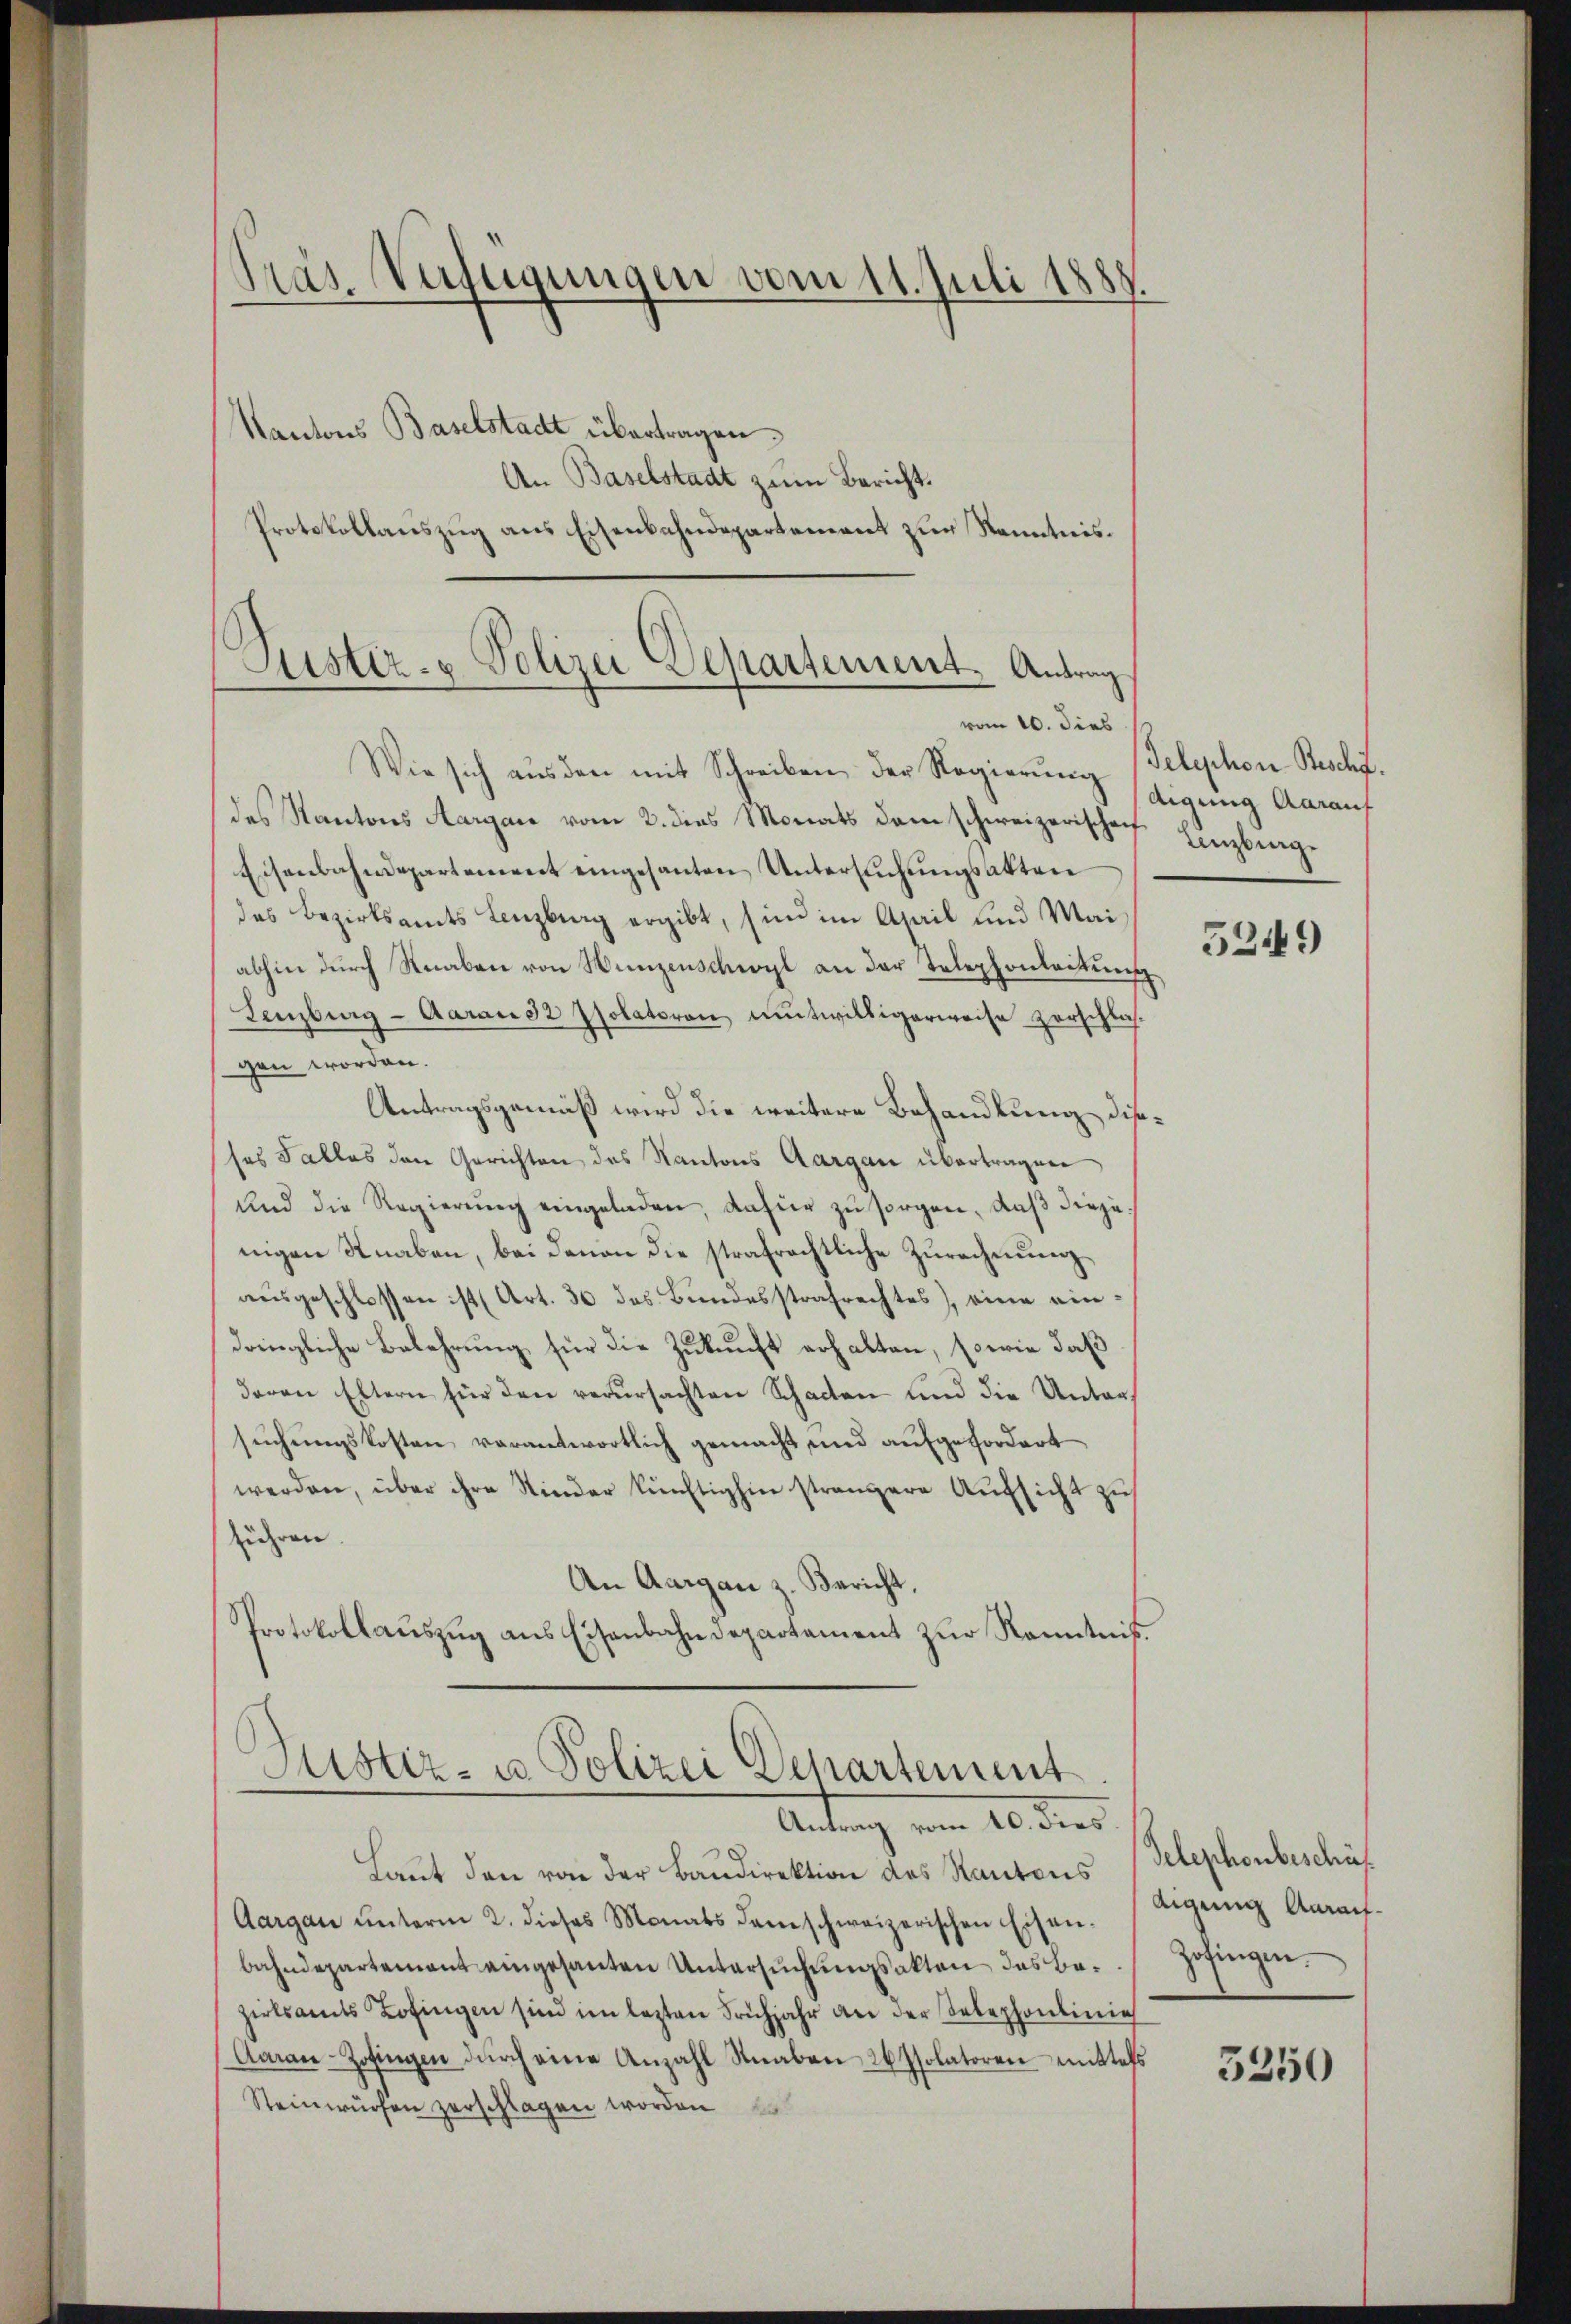
Pras Verfügungen vom 11. Juli 1888
Kantons Baselstadt übertragen.

An Baselstadt zum Bericht.
Protokollauszug aus Eisenbahndepartement zur Kenntnis.

Luster- & Polizei Departement. Antrag

vom 10. dies
Wie sich aŭs den mit Schreiben der Regierŭng
des Kantons Aargau vom 2. dies Monats dem schweizerischen Einzburge
Eisenbahndepartement eingesanten Untersuchungsakten
das Bezirksamts Lenzburg ergibt, sind im April und Mai
abhin durch Knaben von Hunzenschwyl an der Telephonleitung
Lenzburg-Aarausz Isolatoren entwilligerweise zerschla-
gen worden.
Antragsgemäß wird die weitere Behandlung disses Falles den Gerichten des Kantons Aargau übertragen
und die Regierung eingeladen, dafür zu sorgen, daß diejenigen Knaben, bei davon die strafrechtliche Zurechnung
ausgeschlossen ist (Art. 36 des Bundesstrafrechtes), eine eindringliche Belehrung für die Zukunft erhalten, sowie daß
davon Eltern für den verŭrsachten Schacten und die Untersuchungskosten verantwortlich gemacht und aufgefordert
werden, über ihre Kinder künftighin strangere Aufsicht zu
führen.
An Aargau z. Bericht,
Protokollauszug aus Eisenbahndepartement zur Kenntniß¬
Justiz- u. Polizei Departement
Antrag vom 10. dies
Laŭt den von der Baŭdirektion des Kantons Telephonbeschäf
Aargau unterm 2. dieses Monats damschweizerischen Eisenbahndepartement eingesanten Untersŭchŭngsakten des Be- Zofingen.
zirksamts Lofingen sind im lezten Frühjahr an der Selephonlinie
Aaan-Zofingen dŭrch eine Anzahl Knaben 26 Isolatoren mittels
Steinwürfen zerschlagen worden

Telephon Beschr.
Aigung Aarauf

5249

Aigung Aarauf.

3250